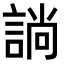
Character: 𧩡